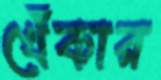
খেঁকার